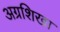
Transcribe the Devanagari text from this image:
अग्रशिखा